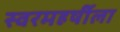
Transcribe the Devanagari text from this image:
स्वरमहर्षीला